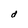
Character: d